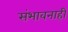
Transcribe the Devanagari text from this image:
संभावनाही